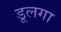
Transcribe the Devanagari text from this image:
डूलगा